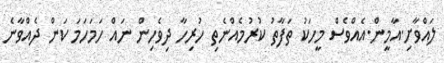
ލައްވާށި.އާމީން.އެއްވެސް މީހަކު ތަފާތު ކުރުމެއްނެތި ހުރިހާ ދިވެހިން ނައް ހަމަހަމަ ކަން ދެއްވާނެ